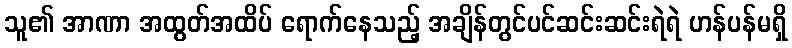
သူ၏ အာဏာ အထွတ်အထိပ် ရောက်နေသည့် အချိန်တွင်ပင်ဆင်းဆင်းရဲရဲ ဟန်ပန်မရှိ